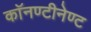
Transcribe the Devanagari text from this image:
काॅनण्टीनेण्ट